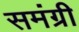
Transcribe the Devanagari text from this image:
समंग्री